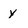
Character: y